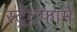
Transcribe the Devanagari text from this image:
स्ट्रेटफार्म